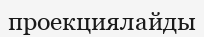
проекциялайды